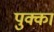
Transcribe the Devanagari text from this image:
पुक्का